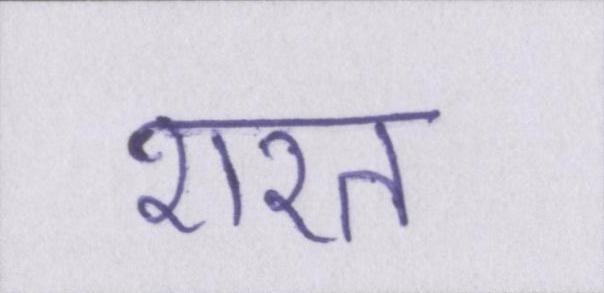
शरत